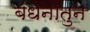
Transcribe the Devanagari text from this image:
बंधनातुन